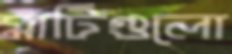
মাটিগুলো